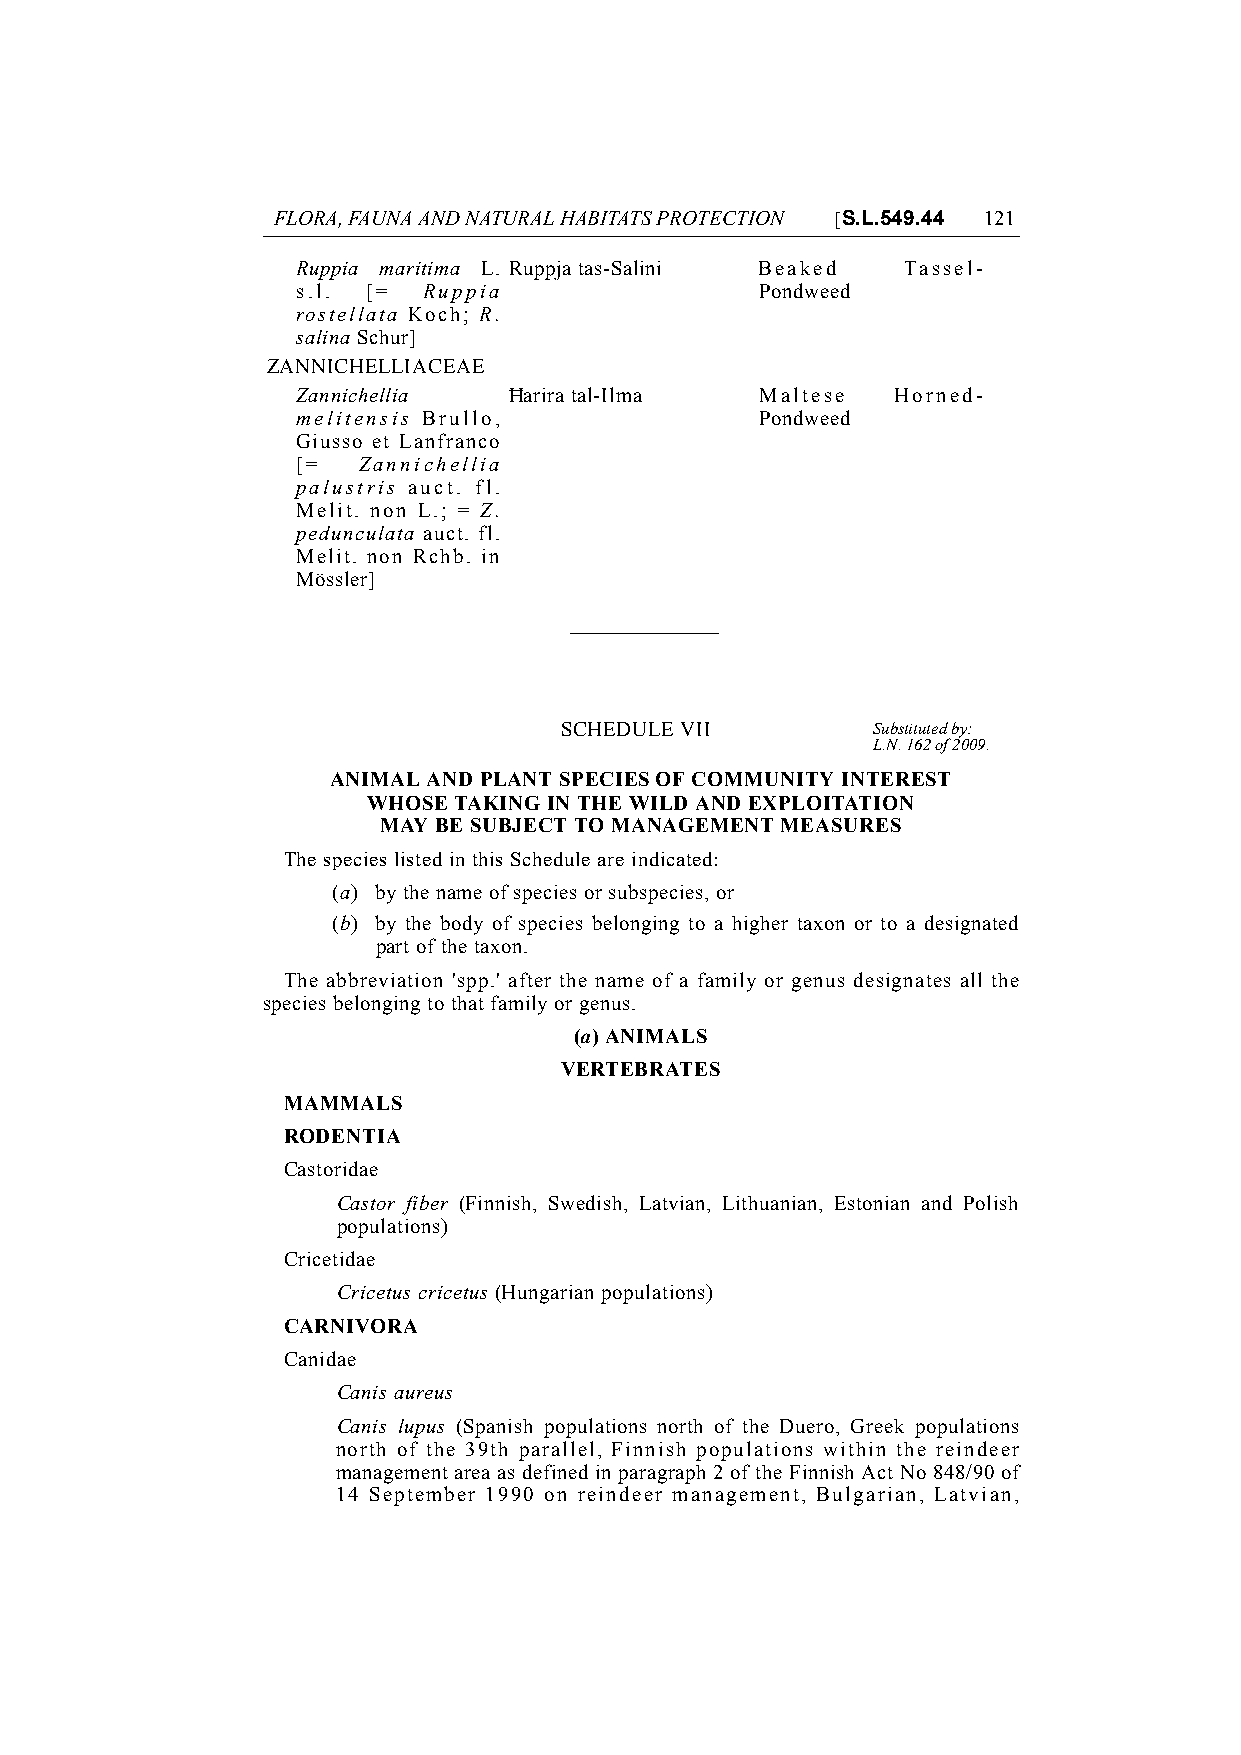
FLORA, FAUNA AND NATURAL HABITATS PROTECTION [S.L.549.44 121
 Ruppia maritima L. Ruppja tas-Salini Beaked Tassel-
 s.l. [= Ruppia                Pondweed
 rostellata Koch; R.
 salina Schur]
 ZANNICHELLIACEAE
 Zannichellia  Ħarira tal-Ilma Maltese  Horned-
 melitensis Brullo,            Pondweed
 Giusso et Lanfranco
 [=  Zannichellia
 palustris auct. fl.
 Melit. non L.; = Z.
 pedunculata auct. fl.
 Melit. non Rchb. in
 Mössler]
 SCHEDULE VII         Substituted by:
 L.N. 162 of 2009.
 ANIMAL AND PLANT SPECIES OF COMMUNITY INTEREST
 WHOSE TAKING IN THE WILD AND EXPLOITATION
 MAY BE SUBJECT TO MANAGEMENT MEASURES
 The species listed in this Schedule are indicated:
 (a) by the name of species or subspecies, or
 (b) by the body of species belonging to a higher taxon or to a designated
 part of the taxon.
 The abbreviation 'spp.' after the name of a family or genus designates all the
 species belonging to that family or genus.
 (a) ANIMALS
 VERTEBRATES
 MAMMALS
 RODENTIA
 Castoridae
 Castor fiber (Finnish, Swedish, Latvian, Lithuanian, Estonian and Polish
 populations)
 Cricetidae
 Cricetus cricetus (Hungarian populations)
 CARNIVORA
 Canidae
 Canis aureus
 Canis lupus (Spanish populations north of the Duero, Greek populations
 north of the 39th parallel, Finnish populations within the reindeer
 management area as defined in paragraph 2 of the Finnish Act No 848/90 of
 14 September 1990 on reindeer management, Bulgarian, Latvian,